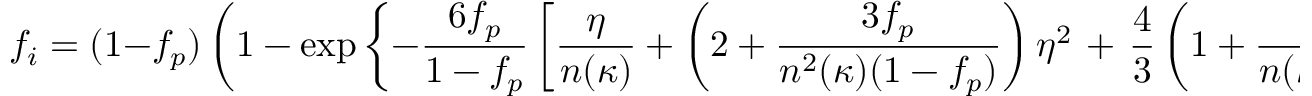
f _ { i } = ( 1 - f _ { p } ) \left( 1 - \exp \left\{ - \frac { 6 f _ { p } } { 1 - f _ { p } } \left[ \frac { \eta } { n ( \kappa ) } + \left( 2 + \frac { 3 f _ { p } } { n ^ { 2 } ( \kappa ) ( 1 - f _ { p } ) } \right) \eta ^ { 2 } \right. \right. \right. + \left. \left. \left. \frac { 4 } { 3 } \left( 1 + \frac { 3 f _ { p } } { n ( \kappa ) ( 1 - f _ { p } ) } \right) \eta ^ { 3 } \right] \right\} \right) ,